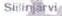
Siilinjärvi